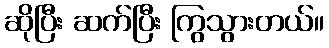
ဆိုပြီး ဆက်ပြီး ကြွသွားတယ်။